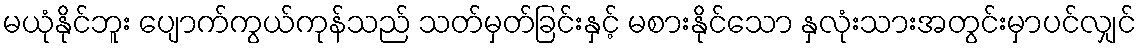
မယုံနိုင်ဘူး ပျောက်ကွယ်ကုန်သည် သတ်မှတ်ခြင်းနှင့် မစားနိုင်သော နှလုံးသားအတွင်းမှာပင်လျှင်